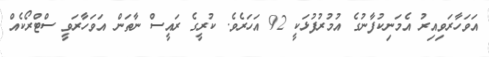
އަވަހާރަވިއިރު އެމަނިކުފާނުގެ އުމުރުފުޅަކީ 92 އަހަރެވެ. ކުރީގެ ރައީސް ނާތަން އަވަހާރަވީ ސްޓްރޯކެއް